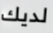
لديك